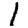
Digit: 1